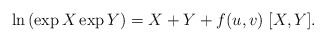
\begin{align*}\ln\left( \exp X \exp Y\right) = X + Y + f(u,v)\; [X,Y].\end{align*}